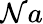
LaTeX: \mathcal{N}a